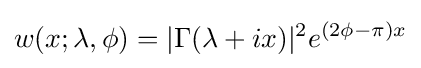
w(x;\lambda ,\phi )=|\Gamma (\lambda +ix)|^{2}e^{(2\phi -\pi )x}